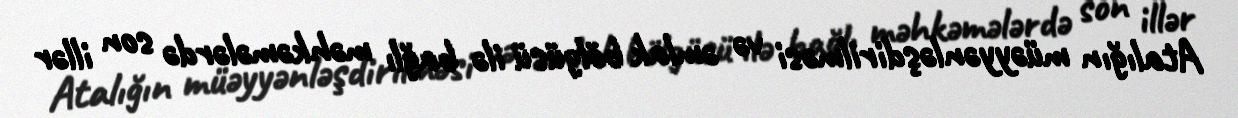
Atalığın müəyyənləşdirilməsi və əmlak bölgüsü ilə bağlı məhkəmələrdə son illər